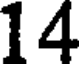
14